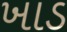
ખાડ